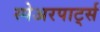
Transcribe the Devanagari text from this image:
स्पेअरपार्ट्स